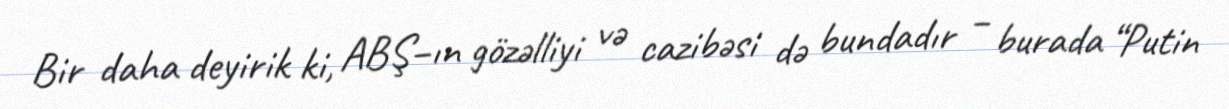
Bir daha deyirik ki, ABŞ–ın gözəlliyi və cazibəsi də bundadır – burada “Putin